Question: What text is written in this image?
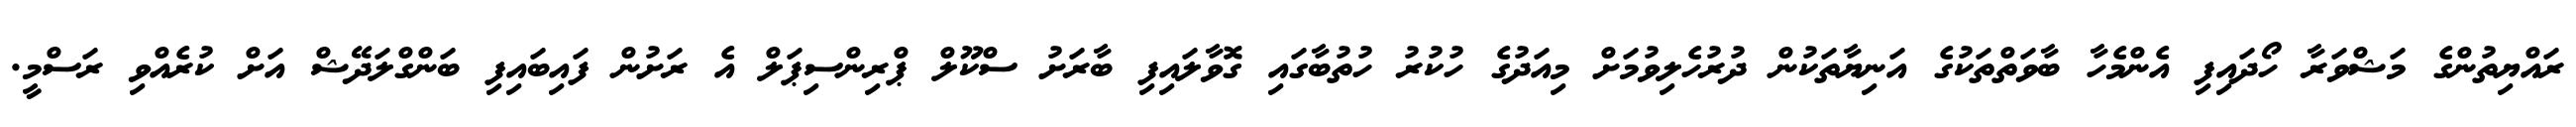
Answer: ރައްޔިތުންގެ މަޝްވަރާ ހޯދައިފި އެންމެހާ ބާވަތްތަކުގެ އަނިޔާތަކުން ދުރުހެލިވުމަށް މިއަދުގެ ހުކުރު ހުތުބާގައި ގޮވާލައިފި ބާރަށު ސްކޫލް ޕްރިންސިޕަލް އެ ރަށުން ފައިބައިފި ބަންގްލަދޭޝް އަށް ކުރެއްވި ރަސްމީ.